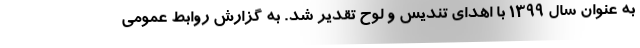
به عنوان سال ۱۳۹۹ با اهدای تندیس و لوح تقدیر شد. به گزارش روابط عمومی